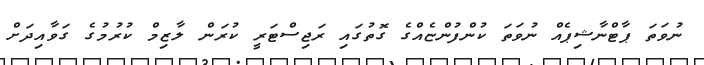
ނުވަތަ ޕާޓްނާޝިޕެއް ނުވަތަ ކުންފުންޏެއްގެ ގޮތުގައި ރަޖިސްޓަރީ ކުރަން ލާޒިމް ކުރުމުގެ ގަވާއިދަށް